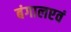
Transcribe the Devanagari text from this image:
बंगालएवं